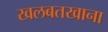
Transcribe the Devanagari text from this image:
खलबतखाना